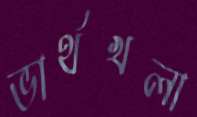
ভার্থখলা